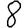
Digit: 8